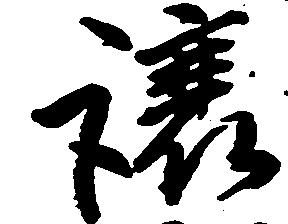
譲